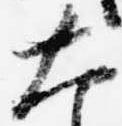
大